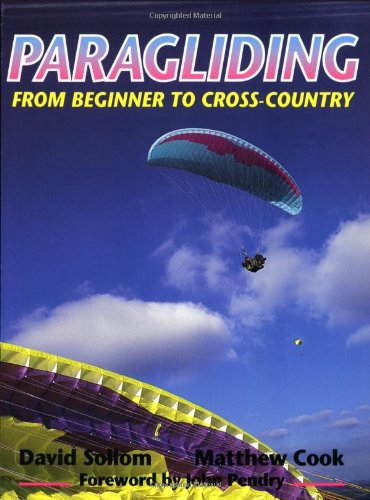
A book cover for Paragliding: From Beginner to Cross-Country; David Sollom; Sports & Outdoors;